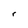
Character: r